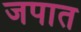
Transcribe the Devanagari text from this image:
जपात